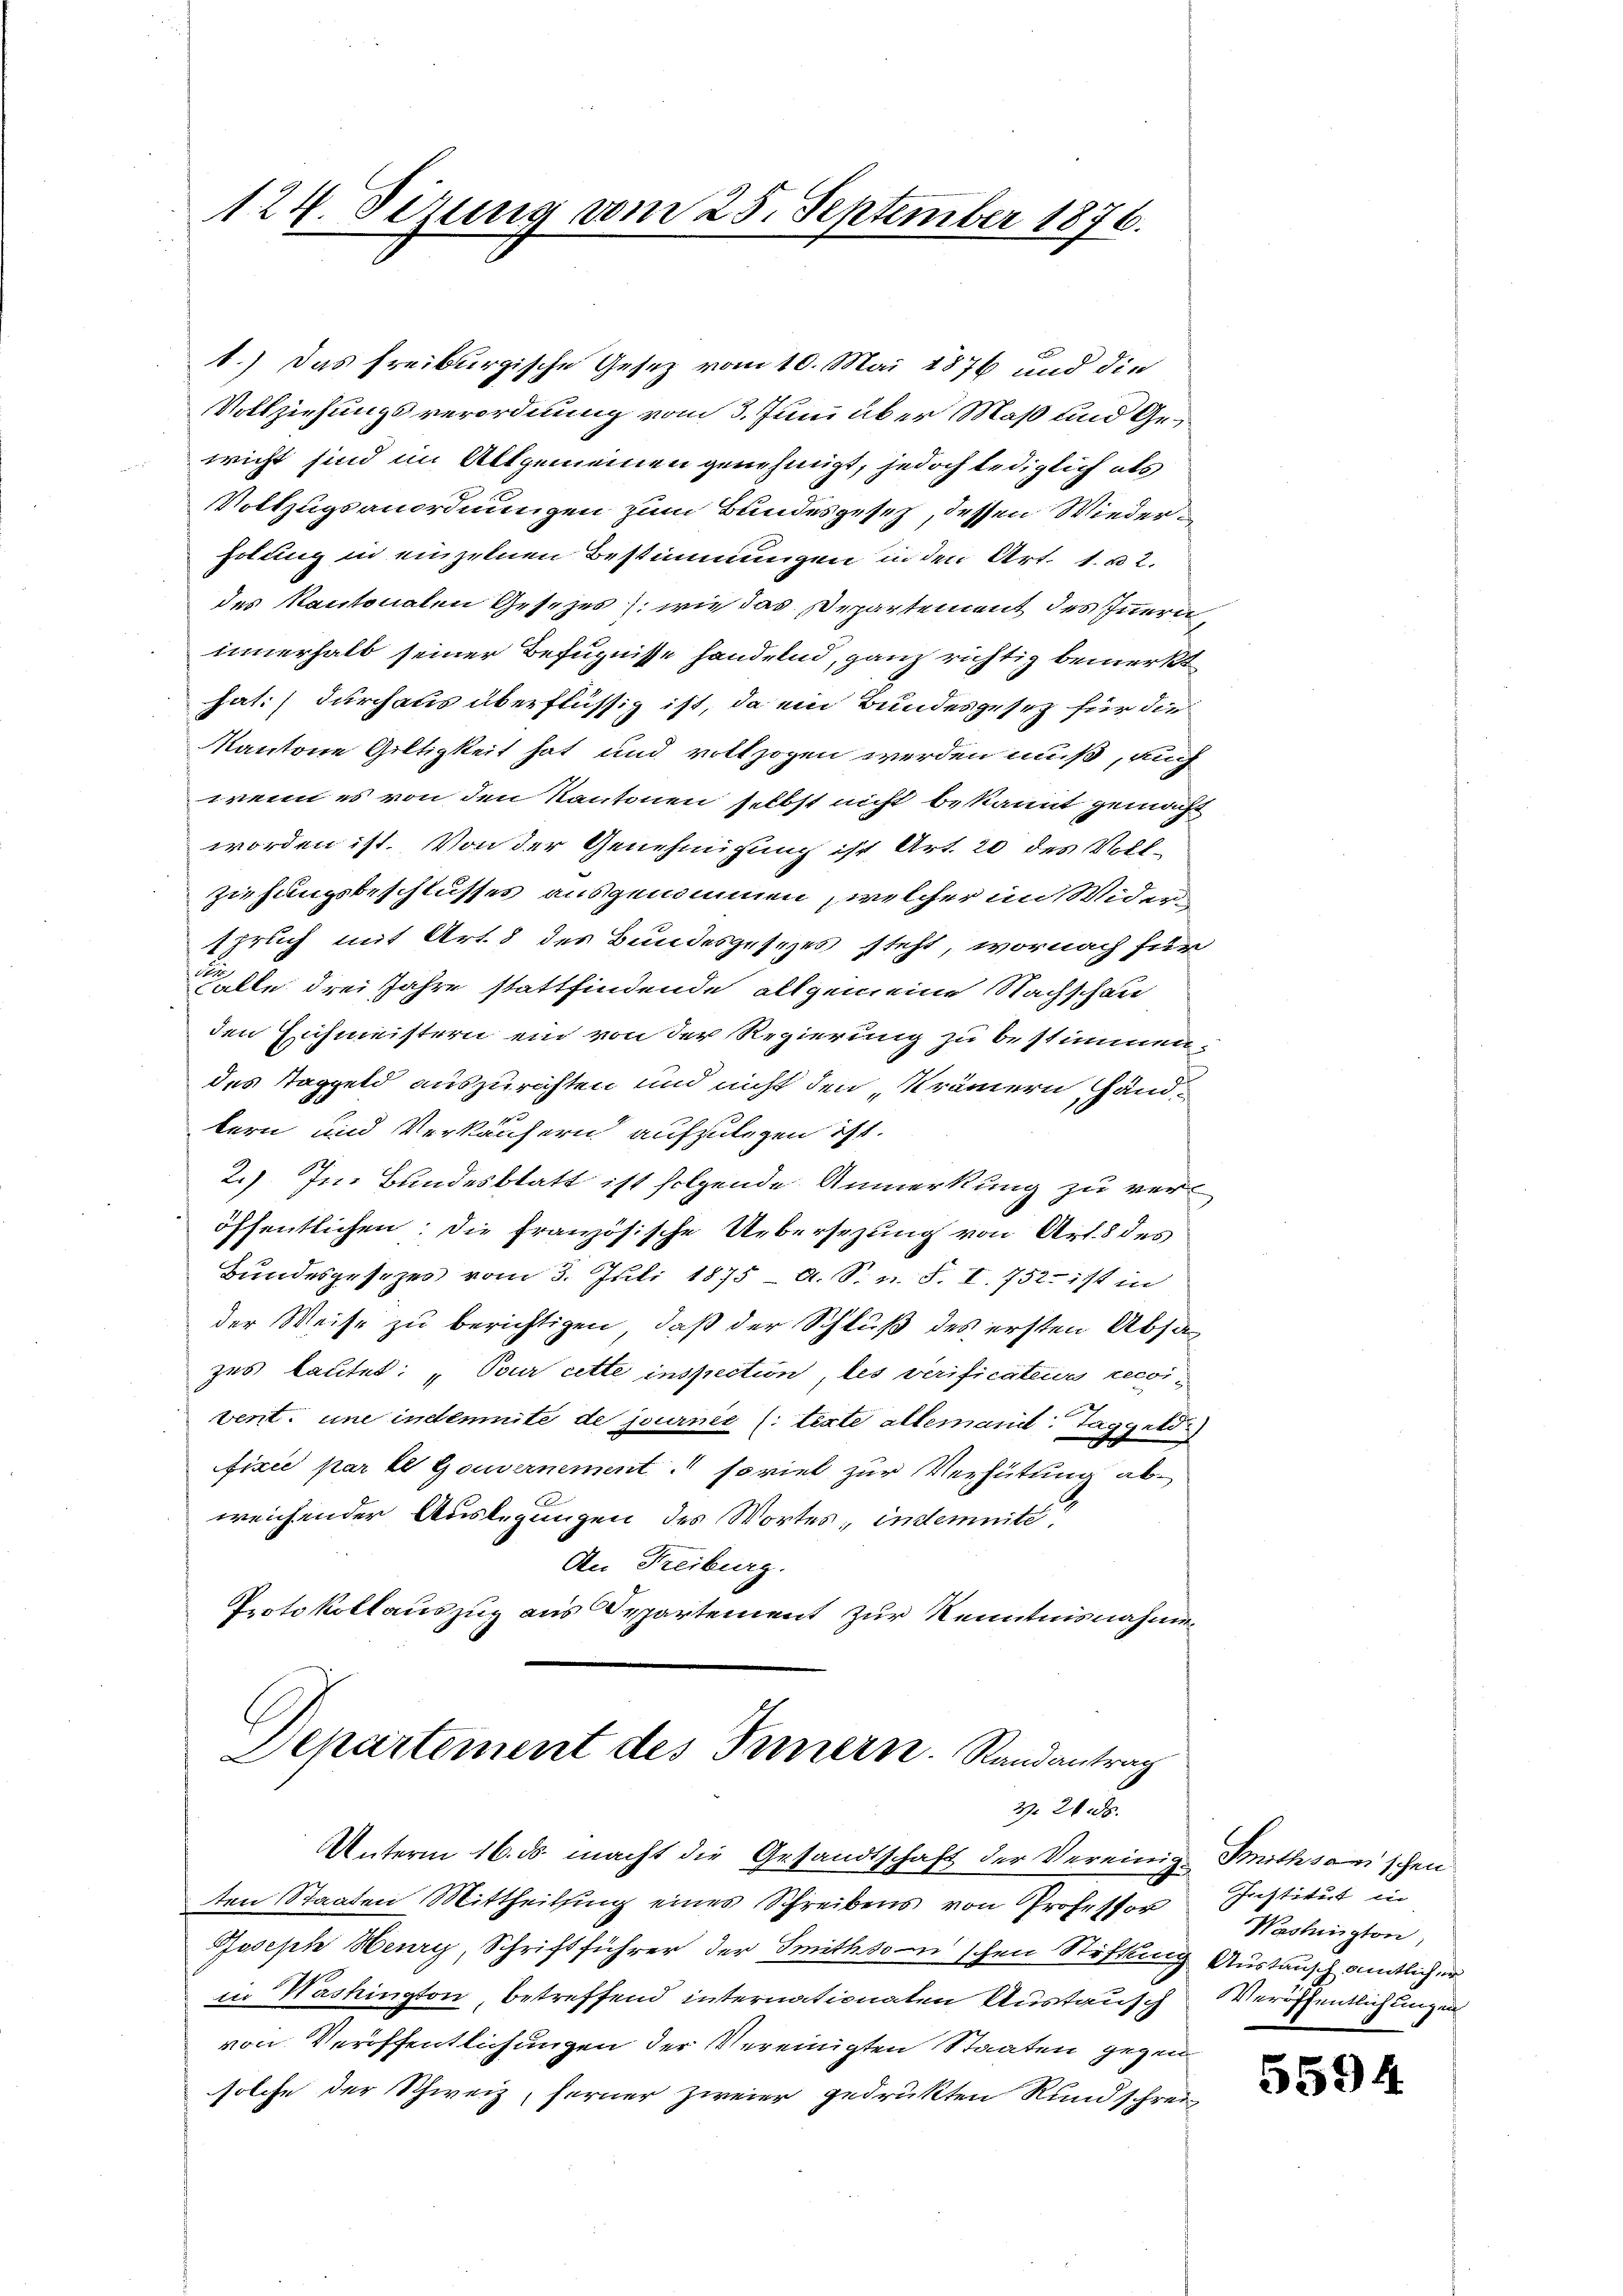
124. Sizung vom 25. September 1876.

1.) Das Freiburgische Gesez vom 10. Mai 1876 und die
Vollziehungsverordnung vom 3. Juni über Maß und Geericht sind im Allgemeinen genehmigt, jedoch lediglich als
Vollzugsanordnungen zum Bundesgesetz, dessen Wiederholung in einzelnen Bestimmungen in den Art. 1. u 2.
des Kantonalen Gesezes wie das Departement des Innern
innerhalb seiner Befugnisse handelnd, ganz richtig bemerkt
hat:) durchaus überflüssig ist, da ein Bundesgesetz für die
Kantone Gültigkeit hat und vollzogen werden muß, auch
wenn es von den Kantonen selbst nicht bekannt gemacht
worden ist. Von der Genehmigung ist Art. 20 des Vollziehungsbeschlusses ausgenommen welcher im Widerspruch mit Art. 8 des Bundesgesezes steht, wornach für
lle drei Jahre stattfindende allgemeine Nachschau
den Eichmeistern ein von der Regierung zu bestimmene
des Taggeld auszurichten und nicht den Krämern Händtern und Verkäufern aufzulegen ist.
2.) Im Bundesblatt ist folgende Anmerkung zu veröffentlichen; die französische Uebersezung von Art. 8 des
Bundesgesezes vom 3. Juli 1875 - A. S. n. F. XI. 752. ist in
der Weise zu berichtigen, daß der Schluß des ersten Absag
zes lautet: „Pour cette inspection, les verificateur recoivent. une indemnité de journie (: texte allemand. Taggeld
fixée par le Gouvernement soviel zur Verhütung ab-
weichender Auslegungen des Wortes, indemnité;
An Freiburg.
Protokollauszug aus Departement zur Kenntnisnahmen
Departement des Innern. Randantrag
Z. 20. ds.
Unterm 16. ds. macht die Gesandtschaft der Vereinig. Mithsonischen
ten Staaten Mittheilsing eines Schreibens von Professor
Joseph Heury, Schriftführer der Smithson schen Stiftung
in Washington, betreffend internationaten Austausch
von Veröffentlichungen der Vereinigten Staaten gegen
solche der Schweiz, ferner zweier gedrukten Rundschrei

Institut in
Washington,
Austausch amtlicher
Veröffentlich ungen

5594